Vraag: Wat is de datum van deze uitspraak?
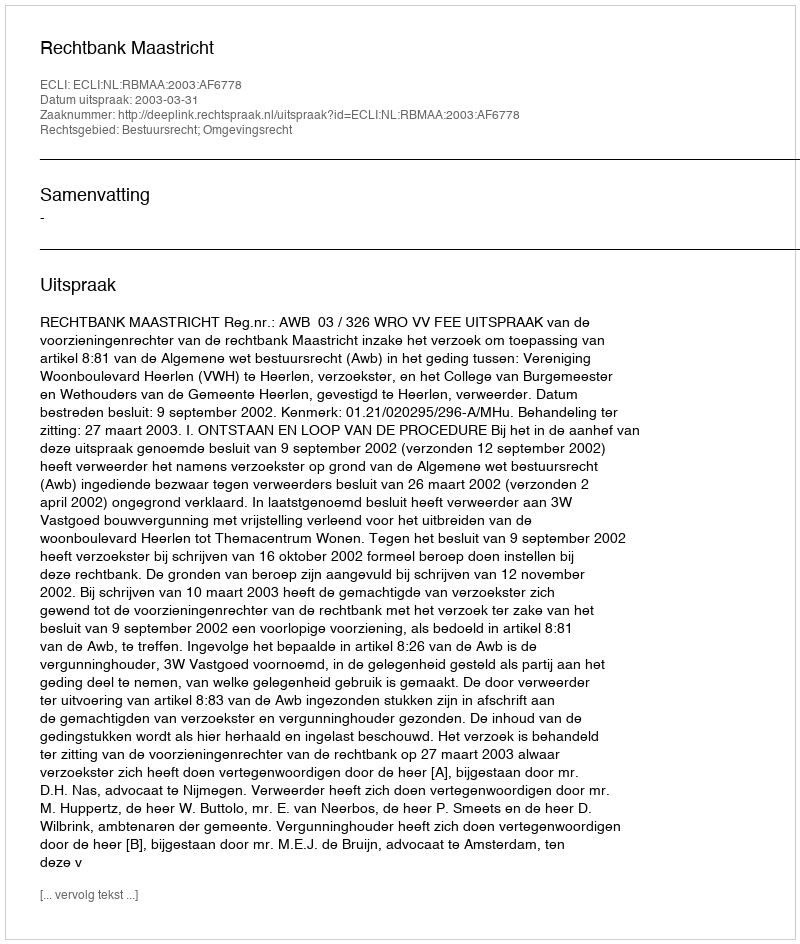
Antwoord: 2003-03-31